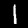
Digit: 1